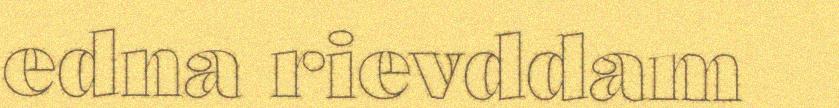
edna rievddam